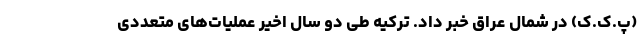
(پ.ک.ک) در شمال عراق خبر داد. ترکیه طی دو سال اخیر عملیات‌های متعددی